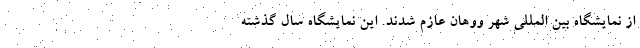
از نمایشگاه بین المللی شهر ووهان عازم شدند. این نمایشگاه سال گذشته